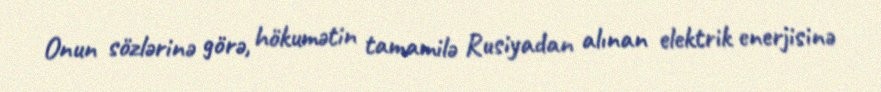
Onun sözlərinə görə, hökumətin tamamilə Rusiyadan alınan elektrik enerjisinə